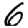
Digit: 6